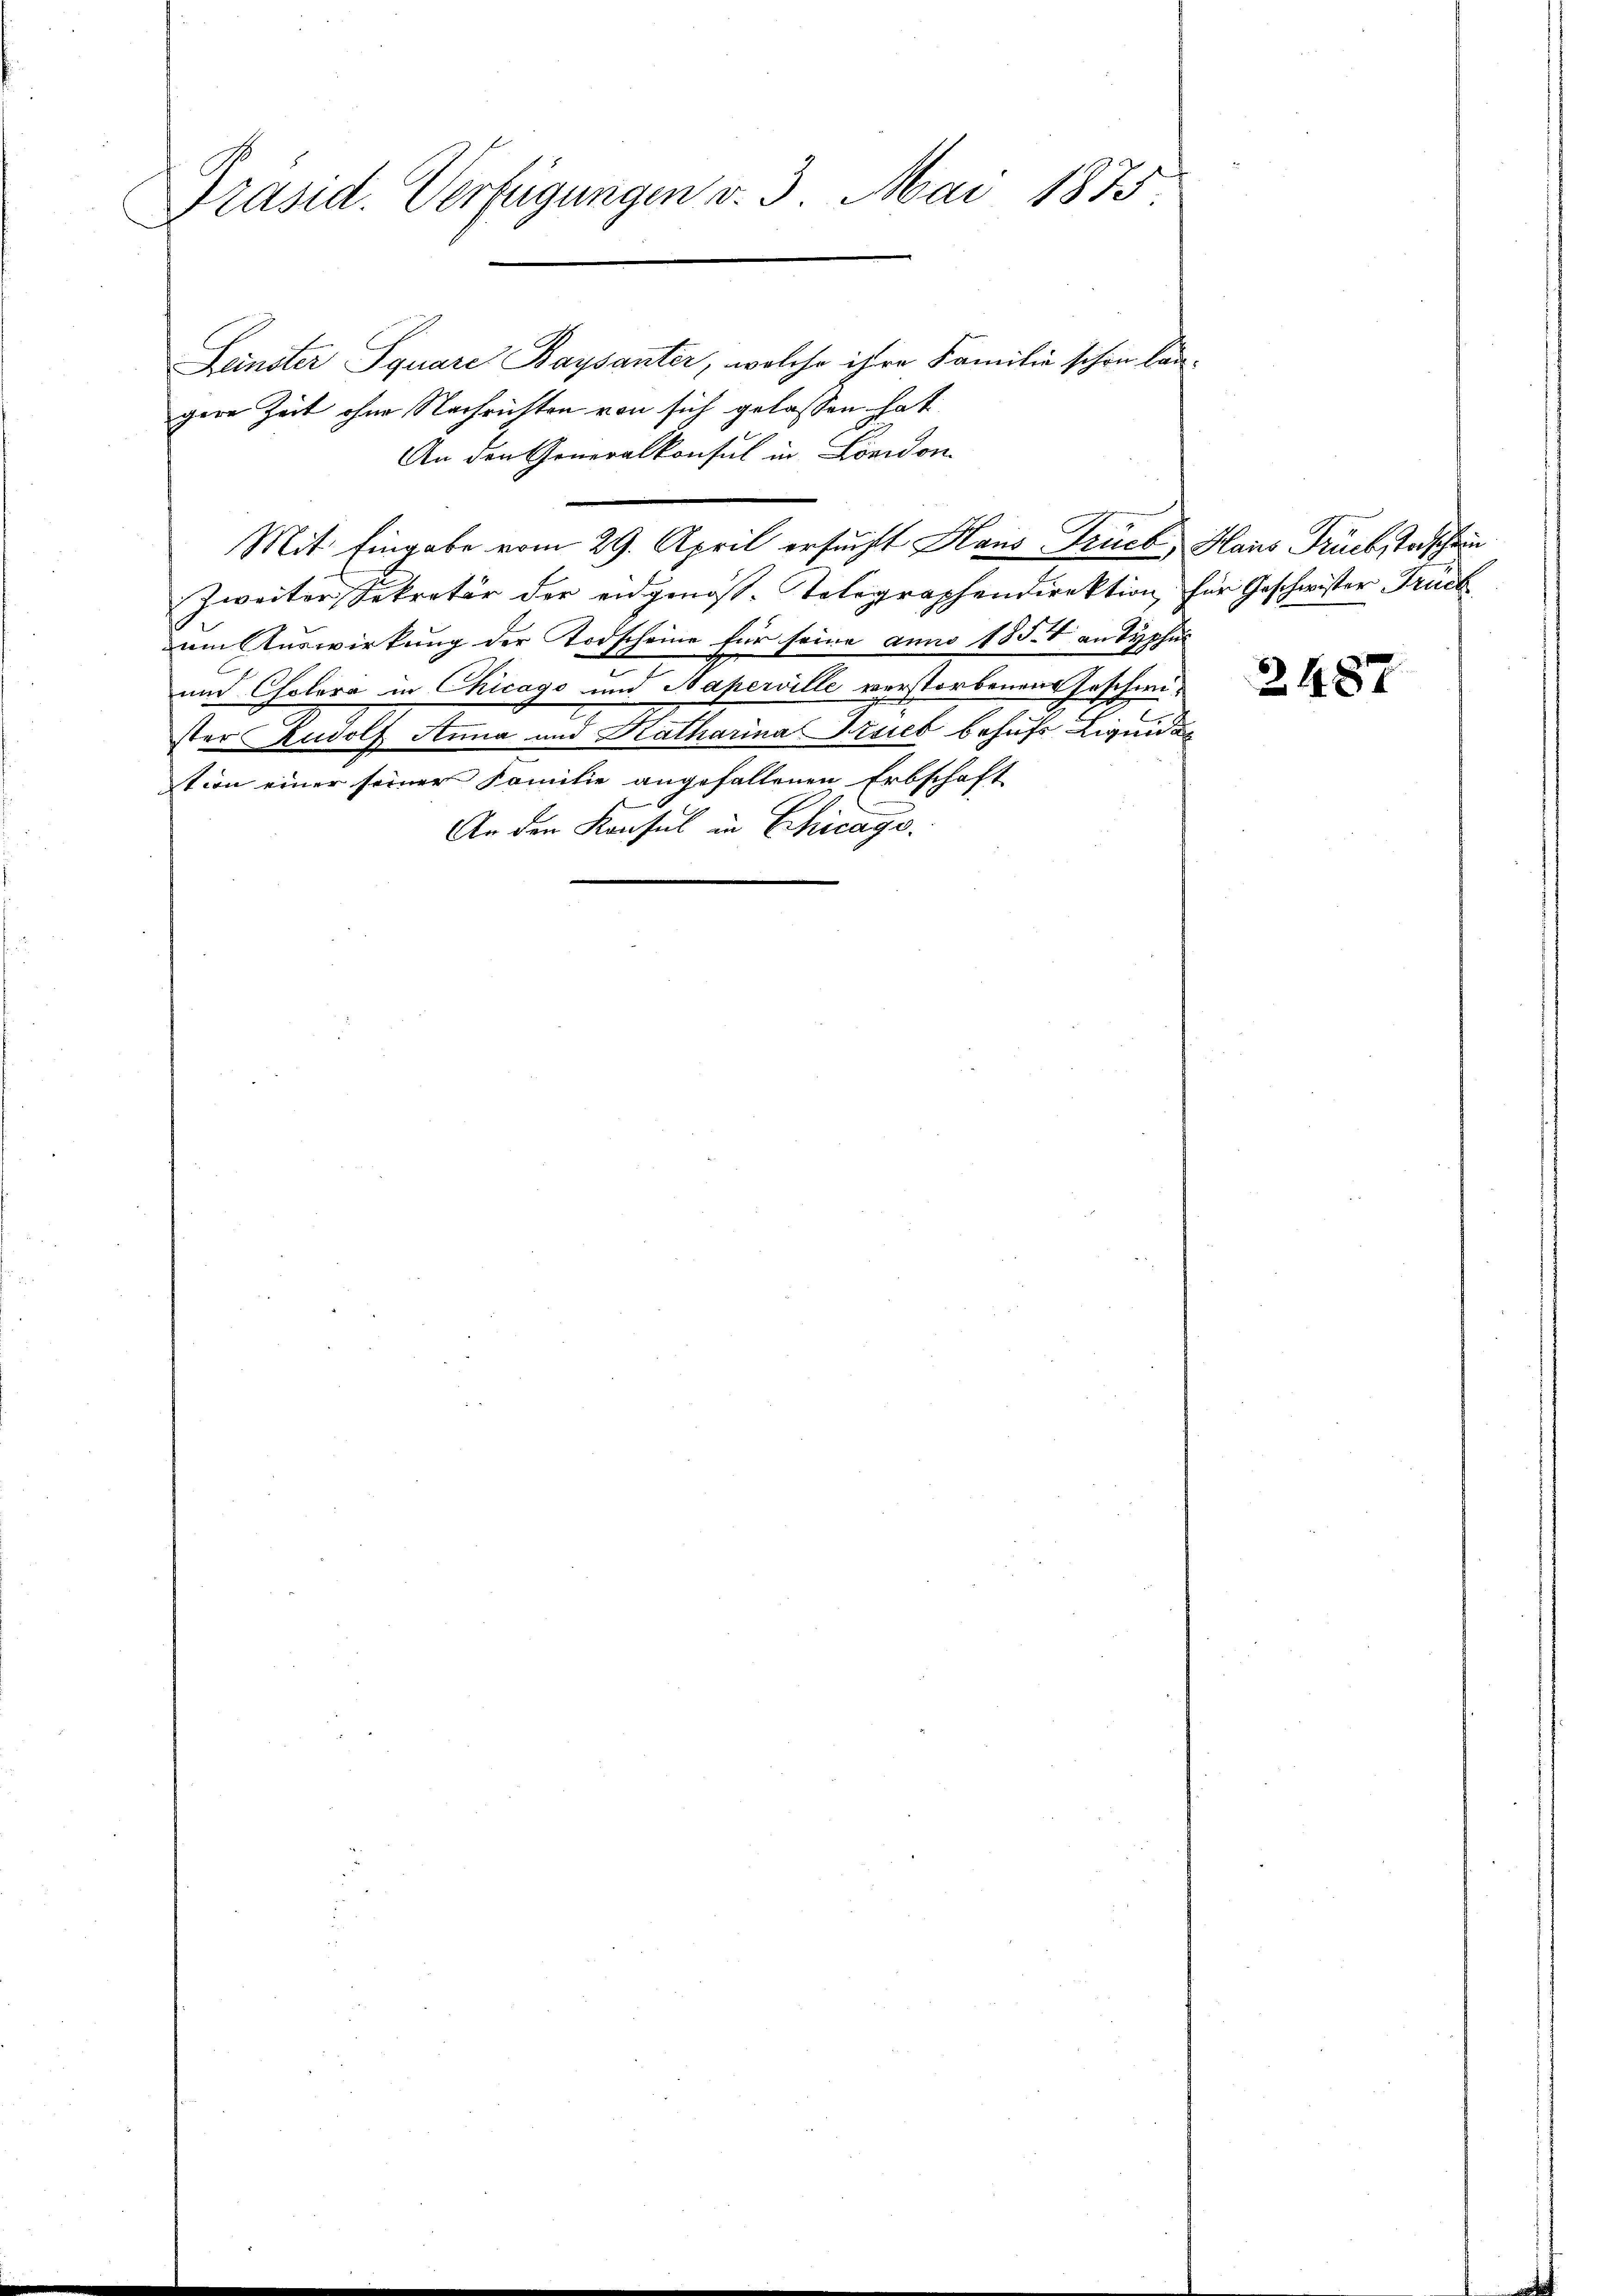
Präsid. Verfügungen v. 3. Mai 1875.

Leinster Iquare Baysanter, welche ihre Familie schon längere Zeit ohne Nachrichten von sich gelassen hat
An den Generalkonsul in London
Zweiter Sekretär der eidgenoss. Telegraphendirektion, für Geschwister Truck
am Auswirkung der Todscheine für seine anno 1857 an Typhus
und Cholera in Chicago und Baperille verstorbenen Geschweister Rudolf Anna und Katharina Trieb behufs Liquidat
tion einer seiner Familie angefallenen Erbschaft
An den Konsul in Chicage.

Mit Eingabe vom 29. April ersucht Haus Trieb Haus Rückstodschein

2487